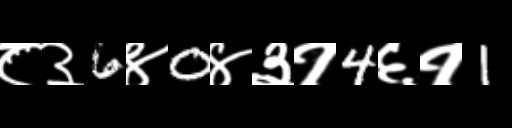
Text: ८३6४0४३१4६१1